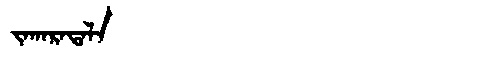
Manchu: ᠵᠠᡴᠠᡵᠠᡨᠠᠯᠠ
Romanization: JAKARATALA